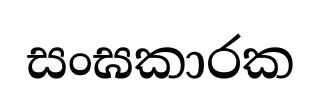
සංඝකාරක